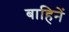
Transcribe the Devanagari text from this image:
बाहिनें